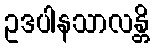
ဥဒပါနသာလန္တိ